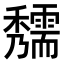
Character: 𥤃